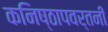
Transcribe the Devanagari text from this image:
कनिष्ठापवर्तनी